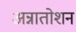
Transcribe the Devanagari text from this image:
अन्नातोशन